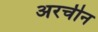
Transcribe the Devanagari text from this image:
अरचीन